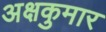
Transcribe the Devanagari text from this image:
अक्षकुमार